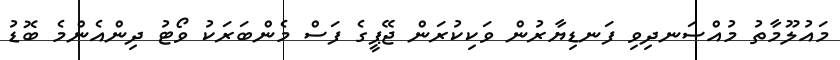
މައުލޫމާތު މުއްސަނދިވި ފަނޑިޔާރުން ވަކިކުރަން ޖޭޕީގެ ފަސް މެންބަރަކު ވޯޓު ދިންއެންމެ ބޮޑު